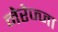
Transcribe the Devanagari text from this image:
नेरेज्जा